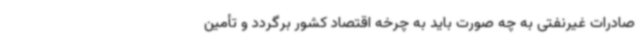
صادرات غیرنفتی به چه صورت باید به چرخه اقتصاد کشور برگردد و تأمین